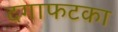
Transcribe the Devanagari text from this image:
दगाफटका